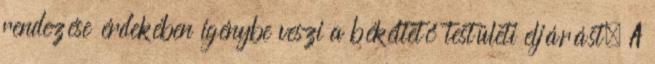
rendezése érdekében igénybe veszi a békéltető testületi eljárást. A